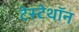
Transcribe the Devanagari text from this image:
टेस्टेथॉन